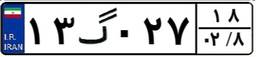
۱۳گ۰۲۷۱۸